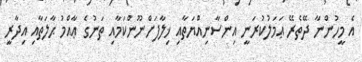
އެ މީހުންނާ ދޭތެރޭ ޢަމަލުކުރަނީ އިންސާނިއްޔަތާއި ޚިލާފަށްނޫންކަމާއި ތަނުގެ ޢާއްމު ޙާލަތާއި އިދާރީ